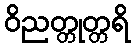
ဝိညတ္တုတ္တရိ